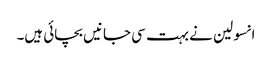
انسولین نے بہت سی جانیں‌ بچائی ہیں۔